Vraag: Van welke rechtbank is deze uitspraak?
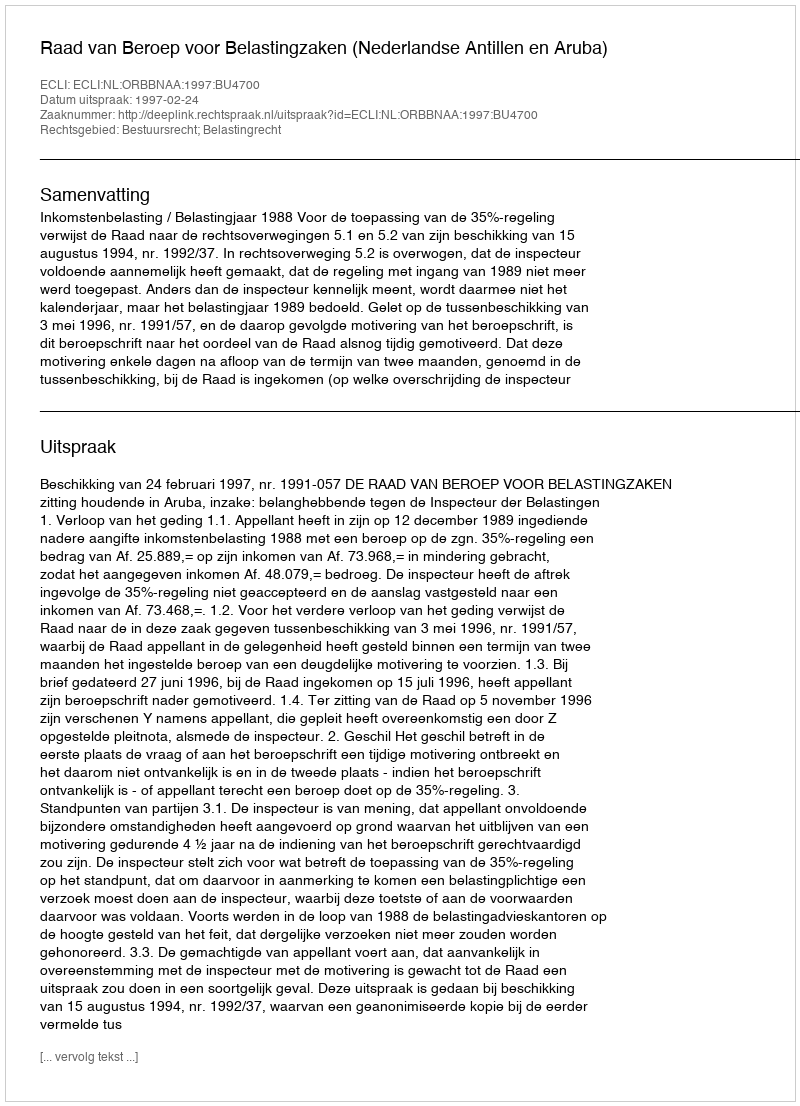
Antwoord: Raad van Beroep voor Belastingzaken (Nederlandse Antillen en Aruba)